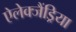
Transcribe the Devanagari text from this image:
ऐलेक्जैंड्रिया